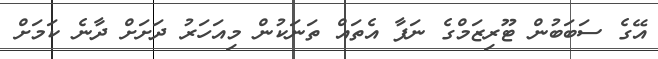
އޭގެ ސަބަބުން ޓޫރިޒަމްގެ ނަފާ އެތައް ތަނަކުން މިއަހަރު ދަށަށް ދާނެ ކަމަށް